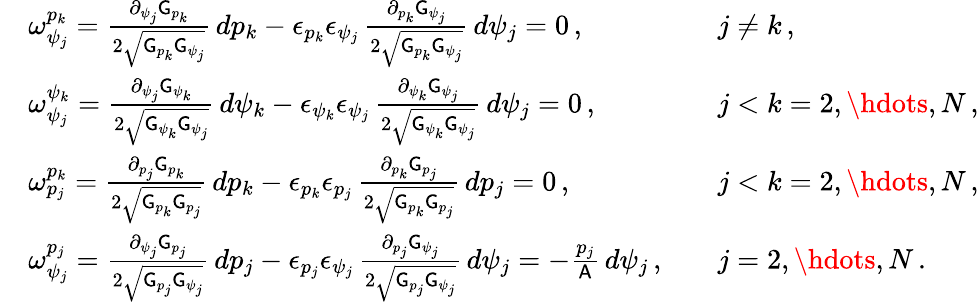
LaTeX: \begin{array}{rlrl}&{\omega^{p_{k}}_{\psi_{j}}=\frac{\partial_{\psi_{j}}\mathsf{G}_{p_{k}}}{2\sqrt{\mathsf{G}_{p_{k}}\mathsf{G}_{\psi_{j}}}}\, dp_{k}-\epsilon_{p_{k}}\epsilon_{\psi_{j}}\, \frac{\partial_{p_{k}}\mathsf{G}_{\psi_{j}}}{2\sqrt{\mathsf{G}_{p_{k}}\mathsf{G}_{\psi_{j}}}}\, d\psi_{j}=0\, ,}&&{j\neq k\, ,}\\ &{\omega^{\psi_{k}}_{\psi_{j}}=\frac{\partial_{\psi_{j}}\mathsf{G}_{\psi_{k}}}{2\sqrt{\mathsf{G}_{\psi_{k}}\mathsf{G}_{\psi_{j}}}}\, d\psi_{k}-\epsilon_{\psi_{k}}\epsilon_{\psi_{j}}\, \frac{\partial_{\psi_{k}}\mathsf{G}_{\psi_{j}}}{2\sqrt{\mathsf{G}_{\psi_{k}}\mathsf{G}_{\psi_{j}}}}\, d\psi_{j}=0\, ,}&&{j<k=2,\hdots,N\, ,}\\ &{\omega^{p_{k}}_{p_{j}}=\frac{\partial_{p_{j}}\mathsf{G}_{p_{k}}}{2\sqrt{\mathsf{G}_{p_{k}}\mathsf{G}_{p_{j}}}}\, dp_{k}-\epsilon_{p_{k}}\epsilon_{p_{j}}\, \frac{\partial_{p_{k}}\mathsf{G}_{p_{j}}}{2\sqrt{\mathsf{G}_{p_{k}}\mathsf{G}_{p_{j}}}}\, dp_{j}=0\, ,}&&{j<k=2,\hdots,N\, ,}\\ &{\omega^{p_{j}}_{\psi_{j}}=\frac{\partial_{\psi_{j}}\mathsf{G}_{p_{j}}}{2\sqrt{\mathsf{G}_{p_{j}}\mathsf{G}_{\psi_{j}}}}\, dp_{j}-\epsilon_{p_{j}}\epsilon_{\psi_{j}}\, \frac{\partial_{p_{j}}\mathsf{G}_{\psi_{j}}}{2\sqrt{\mathsf{G}_{p_{j}}\mathsf{G}_{\psi_{j}}}}\, d\psi_{j}=-\frac{p_{j}}{\mathsf{A}}\, d\psi_{j}\, ,}&&{j=2,\hdots,N\, .}\end{array}